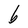
Character: b